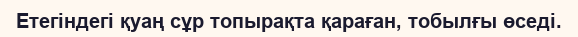
Етегіндегі қуаң сұр топырақта қараған, тобылғы өседі.